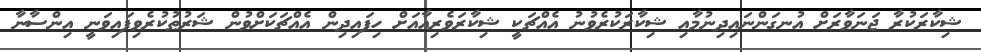
ޝިކާރަކުރާ ޖަނަވާރަށް އުނގަންނައިދިނުމާއި ޝިކާރަކުރެވުނު އެއްޗަކީ ޝިކާރަވެރިއާއަށް ހިފައިދިން އެއްޗަކަށްވުން ޝަރުޠުކުރެވިފައިވަނީ އިންސާނާ